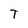
Character: T